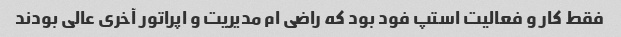
فقط کار و فعالیت استپ فود بود که راضی ام مدیریت و اپراتور آخری عالی بودند